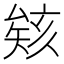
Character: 𪠠